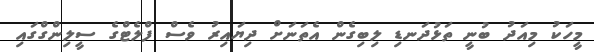
މީހަކު މިއަދު ބުނީ ތަޅުދަނޑި ލިބިގެން އެތަނަށް ދިޔައިރު ވެސް ފްލެޓްގެ ސީލިންގްގައި